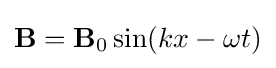
\mathbf {B} =\mathbf {B} _{0}\sin(kx-\omega t)\,\!